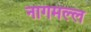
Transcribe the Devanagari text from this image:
नागमल्ल